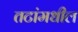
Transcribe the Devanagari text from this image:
तटांमधील